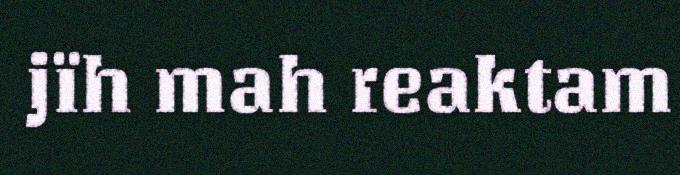
jïh mah reaktam